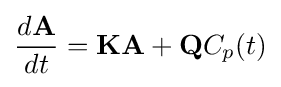
{\frac {d\mathbf {A} }{dt}}=\mathbf {KA} +\mathbf {Q} C_{p}(t)